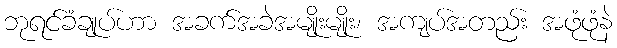
ဘုရင်ခံချုပ်ဟာ အခက်အခဲအမျိုးမျိုး၊ အကျပ်အတည်း အဖုံဖုံနဲ